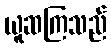
ယူဆကြသည်